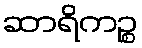
ဆာရိကဉ္စ